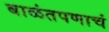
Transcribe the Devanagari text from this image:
बाळंतपणाचं